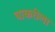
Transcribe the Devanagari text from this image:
चाकरीला